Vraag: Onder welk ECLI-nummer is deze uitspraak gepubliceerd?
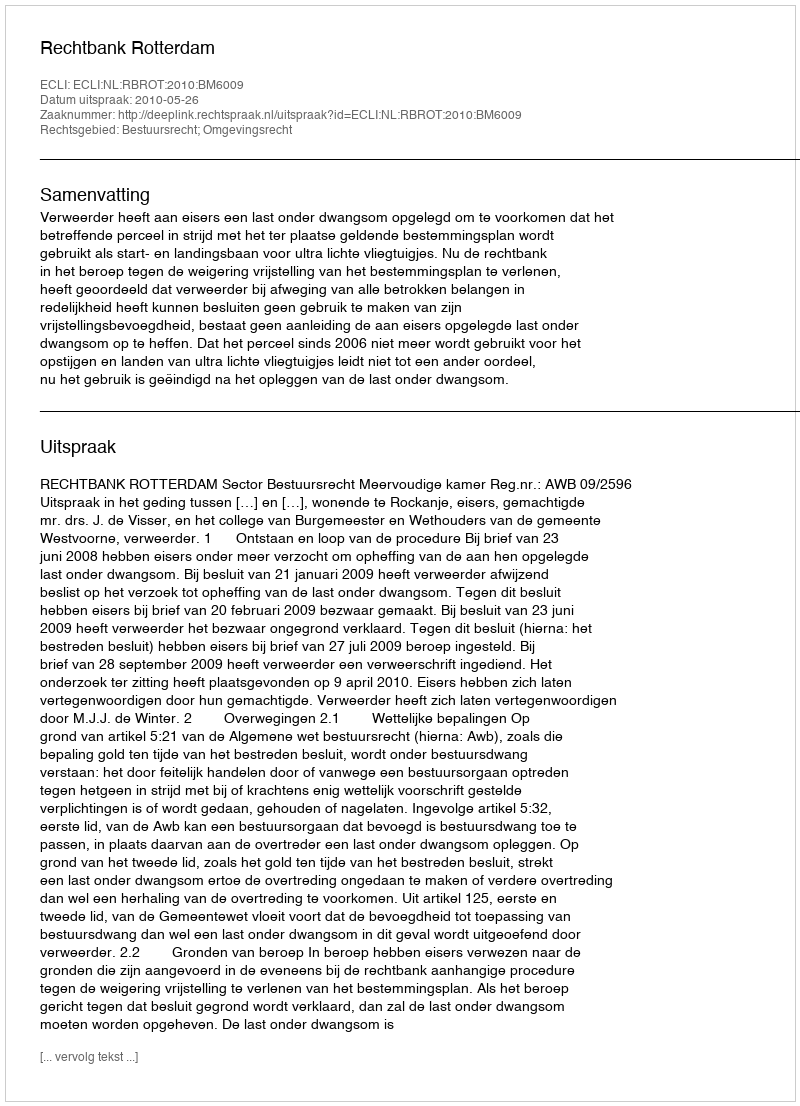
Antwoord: ECLI:NL:RBROT:2010:BM6009